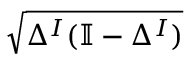
\sqrt { \Delta ^ { I } ( \mathbb { I } - \Delta ^ { I } ) }